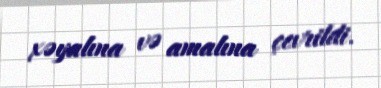
xəyalına və amalına çevrildi.